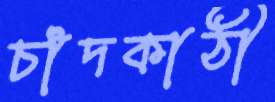
চাঁদকাঠী